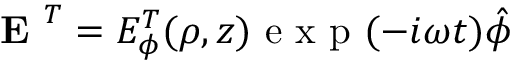
\textbf { E } ^ { T } = E _ { \phi } ^ { T } ( \rho , z ) \textrm { e x p } ( - i \omega t ) \hat { \phi }